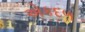
એકદળ